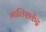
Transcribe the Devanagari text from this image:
मालिशकेंद्र